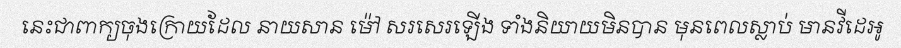
នេះជាពាក្យចុងក្រោយដែល នាយសាន ម៉ៅ សរសេរឡើង ទាំងនិយាយមិនបាន មុនពេលស្លាប់ មានវីដេអូ